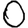
Digit: 0